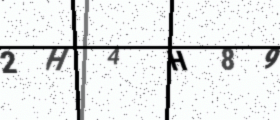
Text: 2H4H89